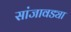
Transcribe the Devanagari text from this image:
सांजावड्या